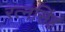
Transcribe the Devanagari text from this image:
रत्‍नसिंह